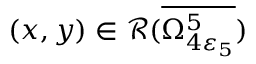
( x , y ) \in \mathcal { R } ( \overline { { \Omega _ { 4 \varepsilon _ { 5 } } ^ { 5 } } } )